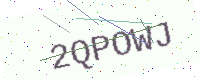
Text: 2QPOWJ